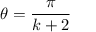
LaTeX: \theta = { \frac { \pi } { k + 2 } }